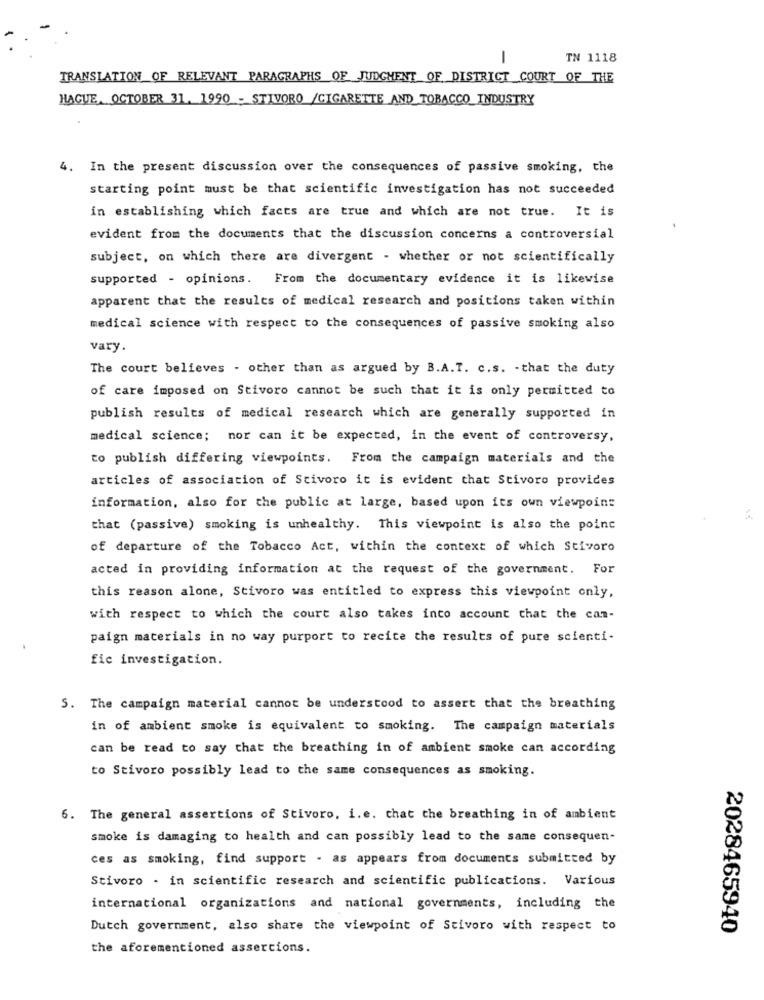
-
TN 1118
TRANSLATION OF RELEVANT PARAGRAPHS OF JUDGMENT OF DISTRICT COURT OF THE
HAGUE, OCTOBER 31. 1990 - STIVORO /CIGARETTE AND TOBACCO INDUSTRY
4. In the present discussion over the consequences of passive smoking, the
starting point must be that scientific investigation has not succeeded
in establishing which facts are true and which are not true. It is
evident from the documents that the discussion concerns a controversial
subject, on which there are divergent - whether or not scientifically
supported - opinions. From the documentary evidence it is likewise
apparent that the results of medical research and positions taken within
medical science with respect to the consequences of passive smoking also
vary.
The court believes - other than as argued by B.A.T. c.s. - that the duty
of care imposed on Stivoro cannot be such that it is only permitted to
publish results of medical research which are generally supported in
medical science; nor can it be expected, in the event of controversy,
to publish differing viewpoints. From the campaign materials and the
articles of association of Stivoro it is evident that Stivoro provides
information, also for the public at large, based upon its own viewpoint
that (passive) smoking is unhealthy. This viewpoint is also the point
of departure of the Tobacco Act, within the context of which Stivoro
acted in providing information at the request of the government. For
this reason alone, Stivoro was entitled to express this viewpoint only,
with respect to which the court also takes into account that the can-
paign materials in no way purport to recite the results of pure scienti-
fic investigation.
5. The campaign material cannot be understood to assert that the breathing
in of ambient smoke is equivalent to smoking. The campaign materials
can be read to say that the breathing in of ambient smoke can according
to Stivoro possibly lead to the same consequences as smoking.
6. The general assertions of Stivoro, i.e. that the breathing in of ambient
smoke is damaging to health and can possibly lead to the same consequen-
ces as smoking, find support - as appears from documents submitted by
Stivoro - in scientific research and scientific publications. Various
international organizations and national governments, including the
Dutch government, also share the viewpoint of Stivoro with respect to
2028465940
the aforementioned assercions.